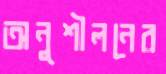
অনুশীলনের